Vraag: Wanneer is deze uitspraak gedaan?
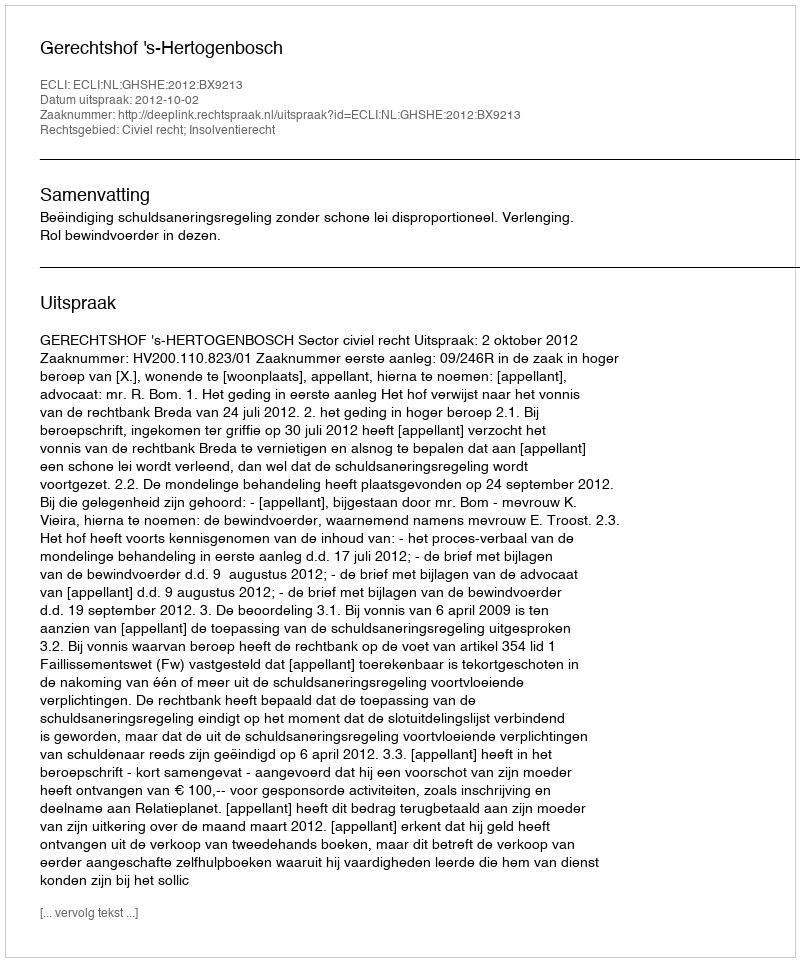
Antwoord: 2012-10-02